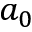
a _ { 0 }